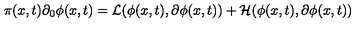
\pi ( x , t ) \partial _ { 0 } \phi ( x , t ) = { \cal L } ( \phi ( x , t ) , \partial \phi ( x , t ) ) + { \cal H } ( \phi ( x , t ) , \partial \phi ( x , t ) )